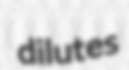
dilutes